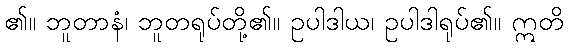
၏။ ဘူတာနံ၊ ဘူတရုပ်တို့၏။ ဥပါဒါယ၊ ဥပါဒါရုပ်၏။ ဣတိ